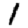
Digit: 1